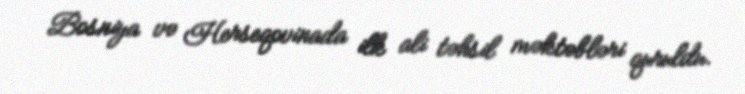
Bosniya və Herseqovinada ilk ali təhsil məktəbləri quruldu.